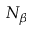
N _ { \beta }